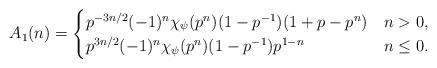
LaTeX: \begin{align*} A_1(n) = \begin{cases} p^{-3n/2} (-1)^n \chi_{\psi}(p^n) (1-p^{-1})(1+p-p^n) & n>0, \\ p^{3n/2} (-1)^n \chi_{\psi}(p^n) (1-p^{-1}) p^{1-n} & n \leq 0. \end{cases}\end{align*}